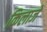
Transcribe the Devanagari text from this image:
किलाजे